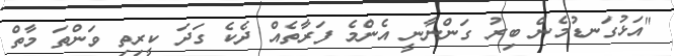
"އަޅުގަނޑުމެން ބިރު ގަންނާނީ އެންމެ ފަރާތެއް ދެކެ ގަދަ ކީރިތި ވަންތަ މާތް